Annual report of the Prince of Wales Medical College, Patna
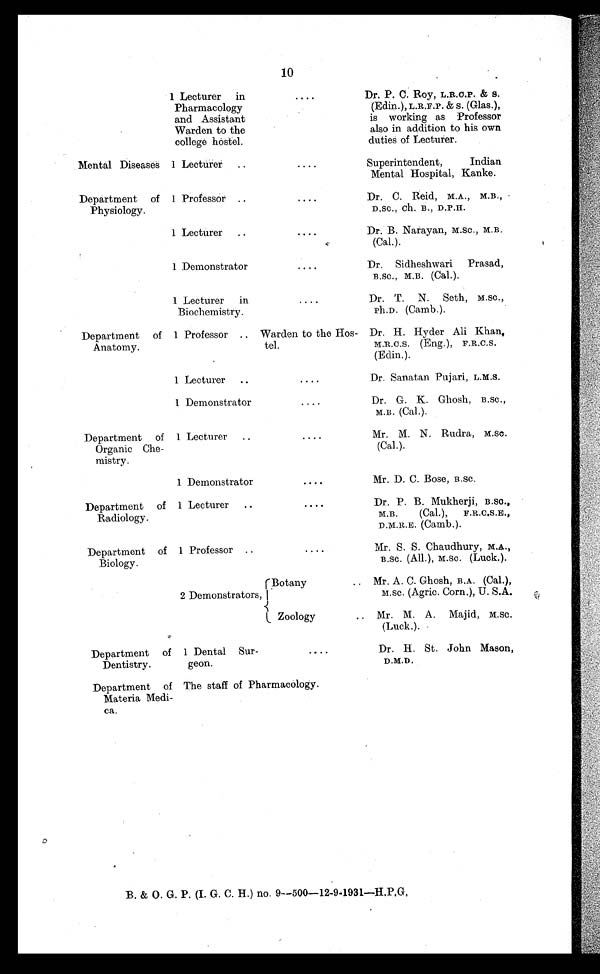
10
1 Lecturer in
Pharmacology
and Assistant
Warden to the
college hostel.
. . . .
Dr. P. C. Roy, L.R.C.P. &amp; S
.
(Edin.), L.R.F.P. &amp; S. (Glas.),
is working as Professor
also in addition to his own
duties of Lecturer.
Mental Diseases 1 Lecturer ..
. . . .
Superintendent, Indian
Mental Hospital, Kanke.
Department of
Physiology.
1 Professor ..
. . . .
Dr. C. Reid, M.A., M.B.,
D.Sc., ch. B., D.P.H.
1 Lecturer ..
. . . .
Dr. B. Narayan, M.Sc., M.B.
(Cal.).
1 Demonstrator
. . . .
Dr. Sidheshwari Prasad,
B.Sc., M.B. (Cal.).
1 Lecturer in
Biochemistry.
. . . .
Dr. T. N. Seth, M.Sc.,
ph.D. (Camb.).
Department of
Anatomy.
1 Professor .. Warden to the Hos-
tel.
Dr. H. Hyder Ali Khan,
M.R.C.S. (Eng.), F.R.C.S.
(Edin.).
1 Lecturer ..
....
Dr. Sanatan Pujari, L.M.S.
1 Demonstrator
....
Dr. G. K. Ghosh, B.Sc.,
M.B. (Cal.).
Department of
Organic Che-
mistry.
1 Lecturer ..
. . . .
Mr. M. N. Rudra, M.Sc.
(Cal.).
1 Demonstrator
. . . .
Mr. D. C. Bose, B.Sc.
Department of
Radiology.
1 Lecturer ..
. . . .
Dr. P. B. Mukherji, B.Sc.,
M.B. (Cal.), F.R.C.S.E.,
D.M.R.E. (Camb.).
Department of
Biology.
1 Professor ..
. . . .
Mr. S. S. Chaudhury, M.A.,
B.Sc. (All.), M.Sc. (Luck.).
2 Demonstrators,
Botany ..
Mr. A. C. Ghosh, B.A. (Cal.),
M.Sc. (Agric. Corn.), U.S.A.
Zoology .. Mr. M. A. Majid, M.Sc.
(Luck.).
Department of
Dentistry.
1 Dental Sur-
geon.
. . . .
Dr. H. St. John Mason,
D.M.D.
Department of
Materia Medi-
ca.
The staff of Pharmacology.
B. &amp; O. G. P. (I. G. C. H.) no. 9—500—12-9-1931—H.P.G,